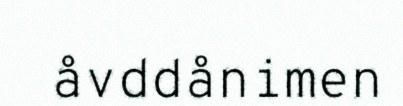
åvddånimen